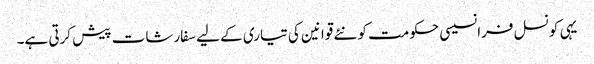
یہی کونسل فرانسیسی حکومت کو نئے قوانین کی تیاری کے لیے سفارشات پیش کرتی ہے۔